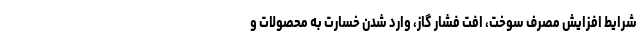
شرایط افزایش مصرف سوخت، افت فشار گاز، وارد شدن خسارت به محصولات و